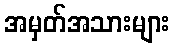
အမှတ်အသားများ